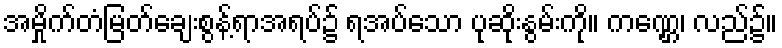
အမှိုက်တံမြတ်ချေးစွန့်ရာအရပ်၌ ရအပ်သော ပုဆိုးနွမ်းကို။ ကဏ္ဌေ၊ လည်၌။